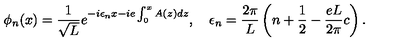
\phi _ { n } ( x ) = { \frac { 1 } { \sqrt L } } e ^ { - i \epsilon _ { n } x - i e \int _ { 0 } ^ { x } A ( z ) d z } , \quad \epsilon _ { n } = { \frac { 2 \pi } { L } } \left( n + { \frac { 1 } { 2 } } - { \frac { e L } { 2 \pi } } c \right) .